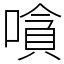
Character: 嗿